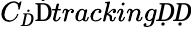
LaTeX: C_{Ḋ}\mathrm{Ḋ}trackingḌḌ